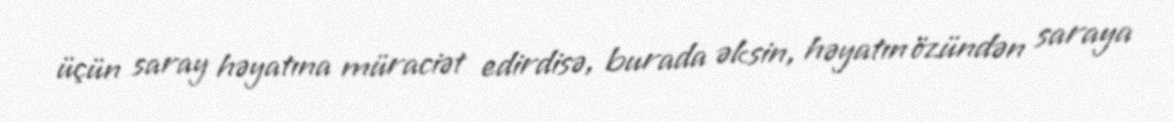
üçün saray həyatına müraciət edirdisə, burada əksin, həyatın özündən saraya